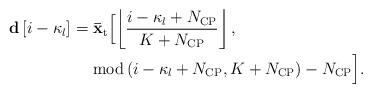
LaTeX: \begin{align*} \begin{aligned} {\bf{d}}\left[ {i - {\kappa _l} } \right]& = {{{\bf{\bar x}}}_{\rm{t}}}\Big[ {\left\lfloor {\frac{{i - {\kappa _l} + {N_{\rm{CP}}}}}{{K + {N_{\rm{CP}}}}}} \right\rfloor ,} \Big.\\ &\ \ \ \ \Big. {{\rm{mod}}\left( {i -{\kappa _l} + {N_{\rm{CP}}},K + {N_{\rm{CP}}}} \right) - {N_{\rm{CP}}}} \Big]. \end{aligned} \end{align*}